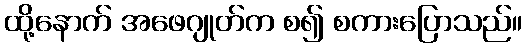
ထို့နောက် အဖေဂျုတ်က စ၍ စကားပြောသည်။